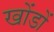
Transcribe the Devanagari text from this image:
खोंडों